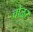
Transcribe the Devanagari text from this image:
चोळर